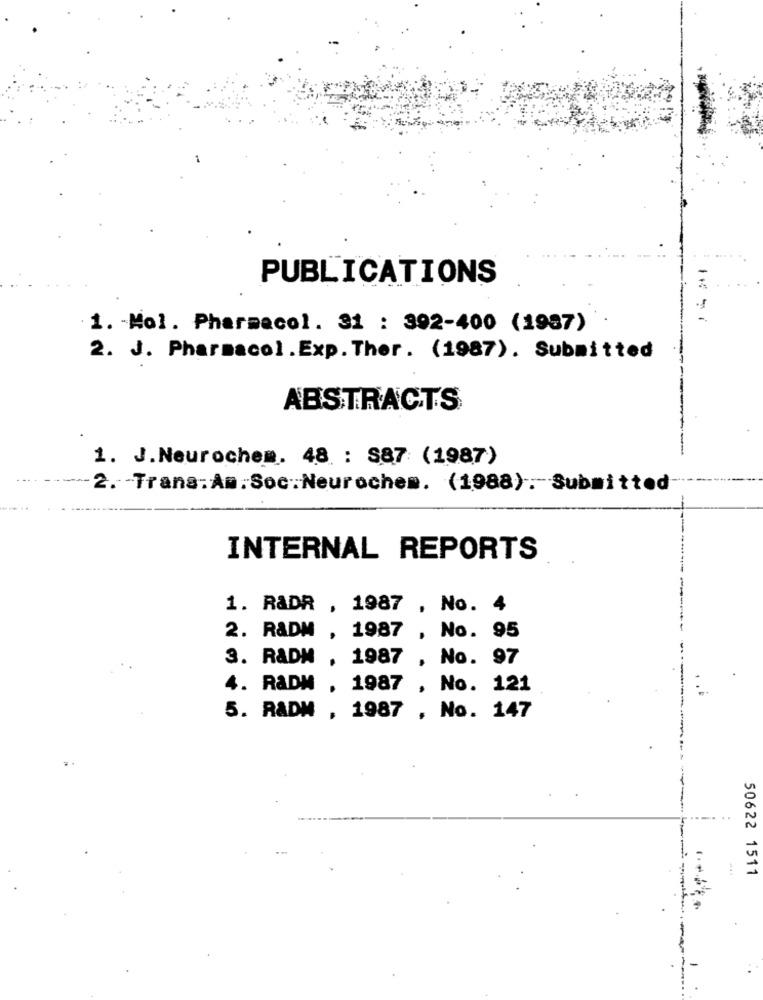
PUBLICATIONS
1. - Mol. Pharmacol. 31 : 392-400 (1987)
2. J. Pharmacol.Exp. Ther. (1987). Submitted
ABSTRACTS
1. J.Neurochem. 48 : S87 (1987)
2. Trans:Am. Soc.Neurochem. (1988): Submitted
INTERNAL REPORTS
1. RADR , 1987 , No. 4
2. R&DM , 1987 , No. 95
3. RADM , 1987 , No. 97
4. RaDM
. 1987 , No. 121
5. RADM , 1987 , No. 147
50622 1511
-